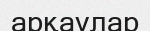
арқаулар